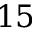
1 5